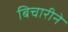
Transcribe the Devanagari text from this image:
बिचारीने